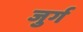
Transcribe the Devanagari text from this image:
जुर्ग